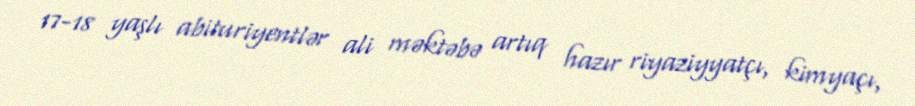
17-18 yaşlı abituriyentlər ali məktəbə artıq hazır riyaziyyatçı, kimyaçı,